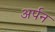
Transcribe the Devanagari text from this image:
अर्पन